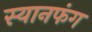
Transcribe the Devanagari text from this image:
स्यानफंग